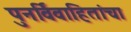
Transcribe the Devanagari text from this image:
पुनर्विवाहितांचा